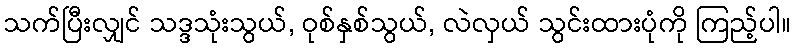
သက်ပြီးလျှင် သဒ္ဒသုံးသွယ်, ဝုစ်နှစ်သွယ်, လဲလှယ် သွင်းထားပုံကို ကြည့်ပါ။